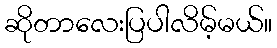
ဆိုတာလေးပြပါလိမ့်မယ်။